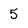
Character: 5